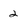
Character: 2